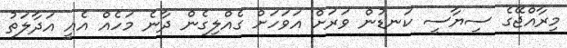
މިރާއްޖޭގެ ސިޔާސީ ކަނޑުން ވަރަށް އަވަހަށް ގެއްލިގެން ދާނެ މަހެއް އެއީ އަދާލަތު